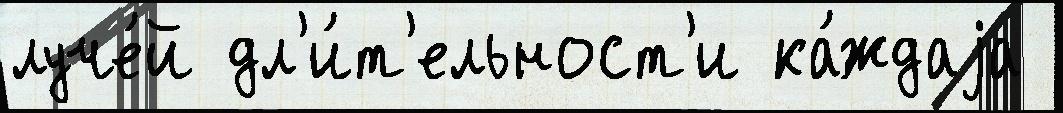
луче́й дл'и́т'ельност'и ка́ждаjа